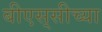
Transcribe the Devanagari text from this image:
बीएस्‌सीच्या